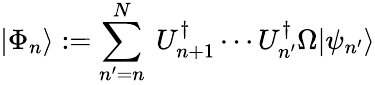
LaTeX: |\Phi_{n}\rangle:=\sum_{n^{\prime}=n}^{N}~U_{n+1}^{\dagger}\cdots U_{n^{\prime}}^{\dagger}\Omega|\psi_{n^{\prime}}\rangle